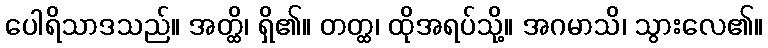
ပေါရိသာဒသည်။ အတ္ထိ၊ ရှိ၏။ တတ္ထ၊ ထိုအရပ်သို့။ အဂမာသိ၊ သွားလေ၏။